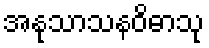
အနုသာသနဝိဓာသု